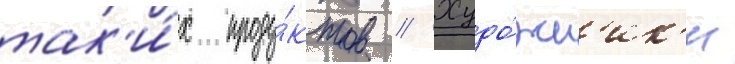
так'и́х проду́ктов // Худо́жн'ик'и